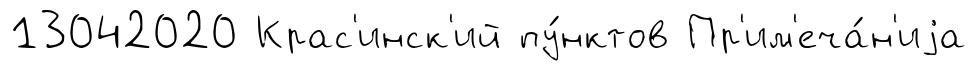
13042020 Крас'инск'ий пу́нктов Пр'им'еча́н'иjа